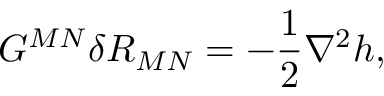
G ^ { M N } \delta R _ { M N } = - { \frac { 1 } { 2 } } \nabla ^ { 2 } h ,